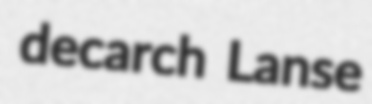
decarch Lanse